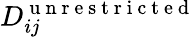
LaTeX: D_{ij}^{\mathrm{~u~n~r~e~s~t~r~i~c~t~e~d~}}